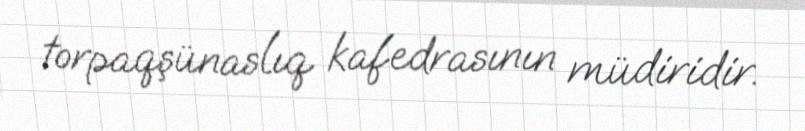
torpaqşünaslıq kafedrasının müdiridir.